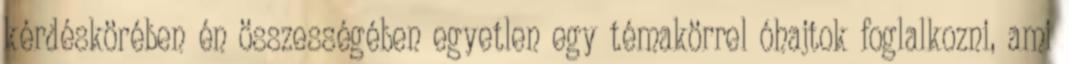
kérdéskörében én összességében egyetlen egy témakörrel óhajtok foglalkozni, ami